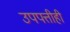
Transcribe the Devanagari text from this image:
उपपत्तीही